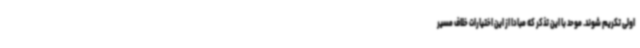
اولی تکریم شوند. موحد با این تذکر که مبادا از این اختیارات خلاف مسیر